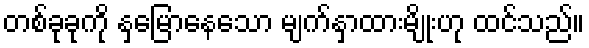
တစ်ခုခုကို နှမြောနေသော မျက်နှာထားမျိုးဟု ထင်သည်။